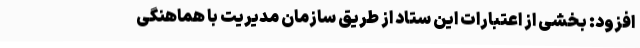
افزود: بخشی از اعتبارات این ستاد از طریق سازمان مدیریت با هماهنگی